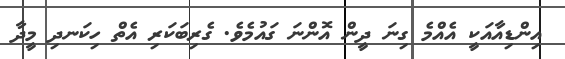
އިންޑިއާއަކީ އެއްމެ ގިނަ ދީން އޮންނަ ގައުމެވެ. ގެރިބަކަރި އެތް ހިކަނދި މީދާ